Lunatic asylums Madras 1877-1891 - 1877-1891
Year: 1877
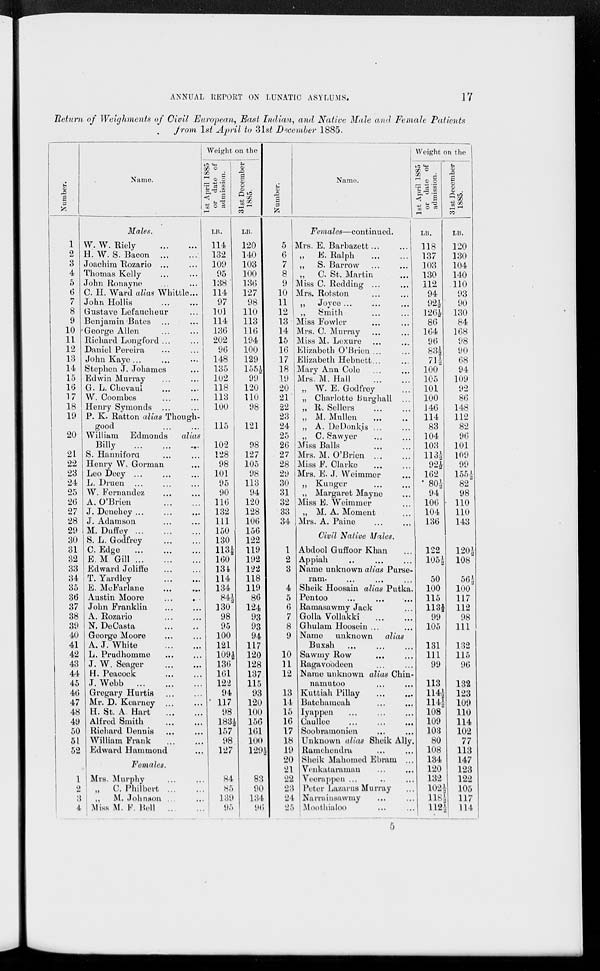
ANNUAL REPORT ON LUNATIC ASYLUMS.
17
Return of Weighments of Civil European, East Indian, and Native Male and Female Patients
from 1st April to 31st December 1885.
Number.
1
2
3
4
5
6
7
8
9
10
11
12
13
14
15
16
17
18
19
20
21
22
23
24
25
26
27
28
29
30
31
32
33
34
35
36
37
38
39
40
41
42
43
44
45
46
47
48
49
50
51
52
1
2
3
4
Name.
Males.
W. W. Riely ... ...
H. W. S. Bacon ... ...
Joachim Rozario ... ...
Thomas Kelly ... ...
John Ronayne ... ...
C. H. Ward alias Whittle...
John Hollis ... ...
Gustave Lefaucheur ...
Benjamin Bates ... ...
George Allen ... ...
Richard Longford ... ...
Daniel Pereira ... ...
John Kaye ... ... ...
Stephen J. Johames ...
Edwin Murray ... ...
G. L. Chevaul ... ...
W. Coombes ... ...
Henry Symonds ... ...
P. K. Ratton alias Though-
good ... ...
William Edmonds
alias
Billy ... ... ...
S. Hanniford ... ...
Henry W. Gorman ...
Leo Deey ... ... ...
L. Druen ... ... ...
W. Fernandez ... ...
A. O'Brien ... ...
J. Denehey ... ... ...
J. Adamson ... ...
M. Duffey ... ... ...
S. L. Godfrey ... ...
C. Edge ... ... ...
E. M Gill ... ... ...
Edward Joliffe ... ...
T. Yardley ... ...
E. McFarlane ... ...
Austin Moore ... ...
John Franklin ... ...
A. Rozario ... ...
N. DeCasta ... ...
George Moore ... ...
A. J. White ... ...
L. Prudhomme ... ...
J. W. Seager ... ...
H. Peacock ... ...
J. Webb ... ... ...
Gregary Hurtis ... ...
Mr. D. Kearney ... ...
H. St. A. Hart ... ...
Alfred Smith ... ...
Richard Dennis ... ...
William Frank ... ...
Edward Hammond ...
Females.
Mrs. Murphy ... ...
„ C. Philbert ... ...
„
M. Johnson ... ...
Miss M. F. Bell ... ...
Weight on the
1st April 1885
or date of
admission.
LB.
114
132
109
95
138
114
97
101
114
136
202
96
148
135
102
118
113
100
115
102
128
98
101
95
90
116
132
111
150
130
113½
160
134
114
134
84½
130
98
95
100
121
109½
136
161
122
94
117
98
183½
157
98
127
84
85
139
95
31st December
1885.
LB.
120
140
103
100
136
127
98
110
113
116
194
100
129
155½
99
120
110
98
121
98
127
105
98
113
94
120
128
106
156
122
119
192
122
118
119
86
124
93
93
94
117
120
128
137
115
93
120
100
156
161
100
129½
83
90
134
96
Number.
5
6
7
8
9
10
11
12
13
14
15
16
17
18
19
20
21
22
23
24
25
26
27
28
29
30
31
32
33
34
1
2
3
4
5
6
7
8
9
10
11
12
13
14
15
16
17
18
19
20
21
22
23
24
25
Name.
Females—continued.
Mrs. E. Barbazett ... ...
„ E. Ralph ... ...
„ S. Barrow ...
...
„
C. St. Martin ...
Miss C. Redding ... ...
Mrs. Rotston ... ...
„ Joyce ... ... ...
„ Smith ... ...
Miss Fowler ... ...
Mrs. C. Murray ... ...
Miss M. Lexure ... ...
Elizabeth O'Brien ... ...
Elizabeth Hebnett ... ...
Mary Ann Cole ... ...
Mrs. M. Hall ... ...
„ W. E. Godfrey ...
„ Charlotte Burghall ...
„ R. Sellers ... ...
„ M. Mullen ... ...
„ A. DeDonkis ... ...
„ C. Sawyer ... ...
Miss Balls ... ...
Mrs. M. O'Brien ... ...
Miss F. Clarke ... ...
Mrs. E. J. Weimmer ...
„ Kunger ... ...
„ Margaret Mayne ...
Miss E. Weimmer ...
„ M. A. Moment ...
Mrs. A. Paine ... ...
Civil Native Males.
Abdool Guffoor Khan ...
Appiah ... ... ...
Name unknown alias Parse-
ram. ... ... ...
Sheik Hoosain alias Putka.
Pentoo ... ... ...
Ramasawmy Jack ...
Golla Vollakki ... ...
Ghulam Hoosein ... ...
Name unknown alias
Buxsh ... ... ...
Sawmy Row ... ...
Ragavoodeen ... ...
Name unknown alias Chin-
namutoo
...
...
Kuttiah Pillay ... ...
Batchameah ... ...
Iyappen
...
...
...
Caullee ... ... ...
Soobramonien ... ...
Unknown alias Sheik Ally
Ramchendra ... ...
Sheik Mahomed Ebram ...
Venkataraman ... ...
Veerappen ... ... ...
Peter Lazarus Murray ...
Narrainsawmy ... ...
Moothialoo ... ...
Weight on the
1st April 1885
or date of
admission.
LB.
118
137
103
130
112
94
92½
126½
86
164
96
83½
71½
100
105
101
100
146
114
83
104
103
113½
92½
162
80½
94
106
104
136
122
105½
50
100
115
113½
99
105
131
111
99
113
114½
114½
108
109
103
80
108
134
120
132
102½
118½ 112½
31st December
1885.
LB.
120
130
104
140
110
93
90
130
84
168
98
90
68
94
109
92
86
148
112
82
96
101
109
99
155½
82
98
110
110
143
120½
108
56½
100
117
112
98
111
132
115
96
132
123
109
110
114
102
77
113
147
123
122
105
117
114
5